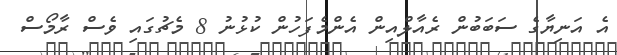
އެ އަނިޔާގެ ސަބަބުން ރެއާލްއިން އެންމެފަހުން ކުޅުނު 8 މެޗުގައި ވެސް ރާމޯސް